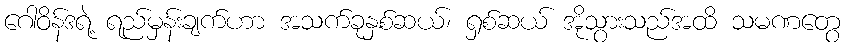
ဂေါဝိန်ဒရဲ့ ရည်မှန်းချက်ဟာ အသက်ခုနှစ်ဆယ်၊ ရှစ်ဆယ် အိုသွားသည်အထိ သမဏတွေ